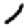
Digit: 1